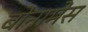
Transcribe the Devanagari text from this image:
बोनामेस